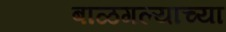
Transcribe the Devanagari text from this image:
बाळगल्याच्या